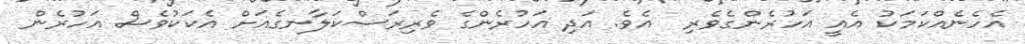
އެހެނެއްކަމަކު އެއީ އަހުރެންގެވެރި  އެވެ. އަދި އަހުރެންގެ ވެރިރަސްކަލާނގެއަށް އެކަކުވެސް އަހުރެން